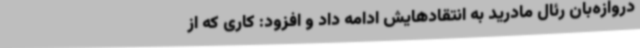
دروازه‌بان رئال مادرید به انتقادهایش ادامه داد و افزود: کاری که از